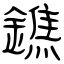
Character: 鐎